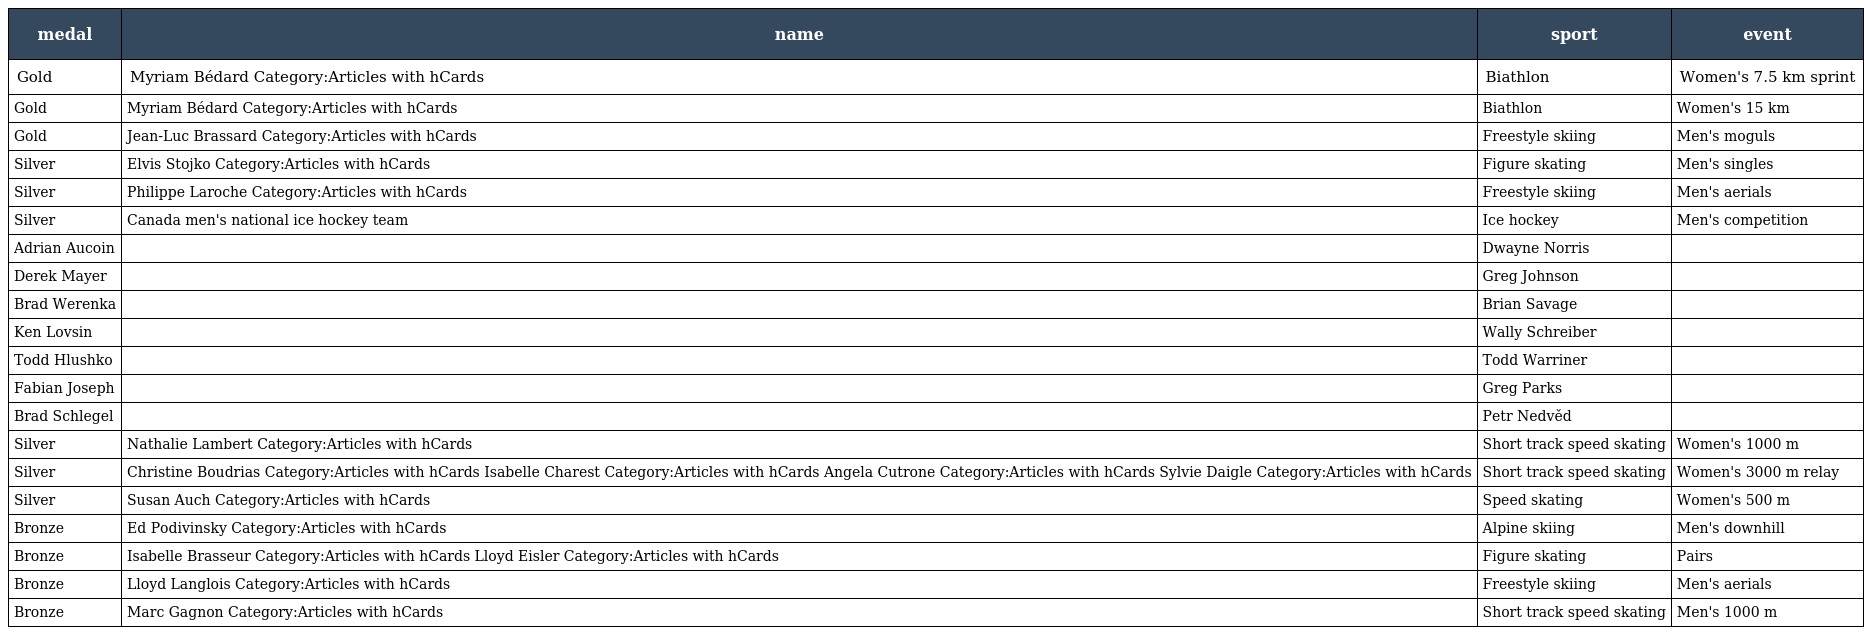
| medal | name | sport | event |
 | --- | --- | --- | --- |
 | Gold | Myriam Bédard Category:Articles with hCards | Biathlon | Women's 7.5 km sprint |
 | Gold | Myriam Bédard Category:Articles with hCards | Biathlon | Women's 15 km |
 | Gold | Jean-Luc Brassard Category:Articles with hCards | Freestyle skiing | Men's moguls |
 | Silver | Elvis Stojko Category:Articles with hCards | Figure skating | Men's singles |
 | Silver | Philippe Laroche Category:Articles with hCards | Freestyle skiing | Men's aerials |
 | Silver | Canada men's national ice hockey team | Ice hockey | Men's competition |
 | Adrian Aucoin |  | Dwayne Norris |  |
 | Derek Mayer |  | Greg Johnson |  |
 | Brad Werenka |  | Brian Savage |  |
 | Ken Lovsin |  | Wally Schreiber |  |
 | Todd Hlushko |  | Todd Warriner |  |
 | Fabian Joseph |  | Greg Parks |  |
 | Brad Schlegel |  | Petr Nedvěd |  |
 | Silver | Nathalie Lambert Category:Articles with hCards | Short track speed skating | Women's 1000 m |
 | Silver | Christine Boudrias Category:Articles with hCards Isabelle Charest Category:Articles with hCards Angela Cutrone Category:Articles with hCards Sylvie Daigle Category:Articles with hCards | Short track speed skating | Women's 3000 m relay |
 | Silver | Susan Auch Category:Articles with hCards | Speed skating | Women's 500 m |
 | Bronze | Ed Podivinsky Category:Articles with hCards | Alpine skiing | Men's downhill |
 | Bronze | Isabelle Brasseur Category:Articles with hCards Lloyd Eisler Category:Articles with hCards | Figure skating | Pairs |
 | Bronze | Lloyd Langlois Category:Articles with hCards | Freestyle skiing | Men's aerials |
 | Bronze | Marc Gagnon Category:Articles with hCards | Short track speed skating | Men's 1000 m |